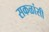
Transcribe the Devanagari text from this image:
सकळांसी